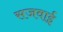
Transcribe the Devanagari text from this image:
सजवाई